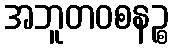
အဘူတဝစနဉ္စ